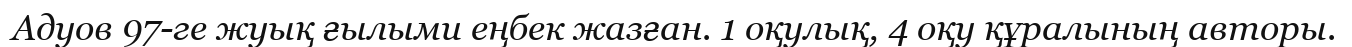
Адуов 97-ге жуық ғылыми еңбек жазған. 1 оқулық, 4 оқу құралының авторы.